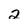
Character: 2